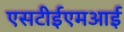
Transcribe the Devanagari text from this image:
एसटीईएमआई